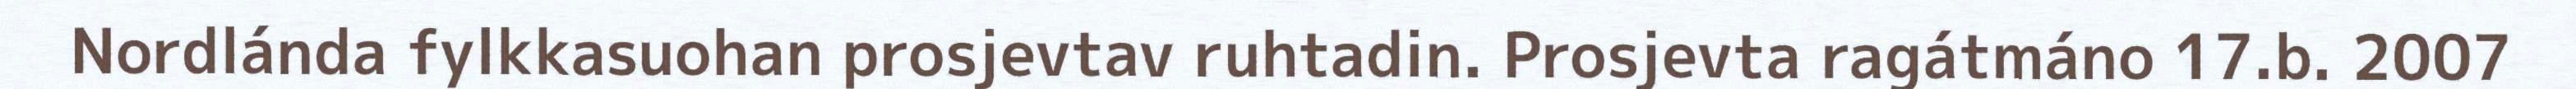
Nordlánda fylkkasuohan prosjevtav ruhtadin. Prosjevta ragátmáno 17.b. 2007